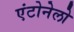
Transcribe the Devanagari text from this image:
एंटोनेलो